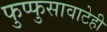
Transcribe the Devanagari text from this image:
फुप्फुसावाटेही